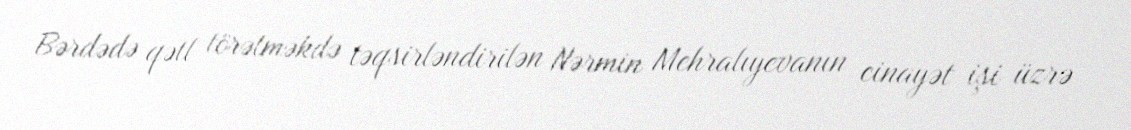
Bərdədə qətl törətməkdə təqsirləndirilən Nərmin Mehralıyevanın cinayət işi üzrə